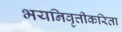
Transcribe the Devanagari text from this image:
भयनिवृत्तीकरिता